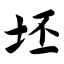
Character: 坯